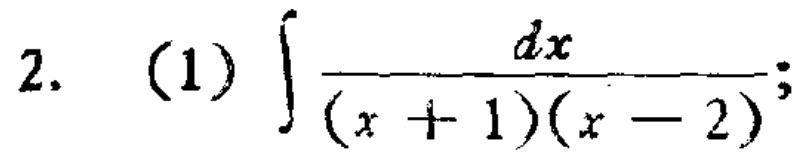
2. (1) \(\int\frac{dx}{(x + 1)(x - 2)}\);